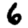
Digit: 6